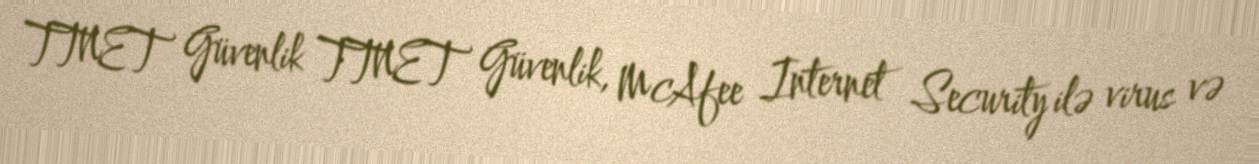
TTNET Güvenlik TTNET Güvenlik, McAfee Internet Security ilə virus və